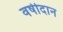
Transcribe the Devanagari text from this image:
वर्षीदान